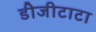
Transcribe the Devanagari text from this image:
डीजीटाटा